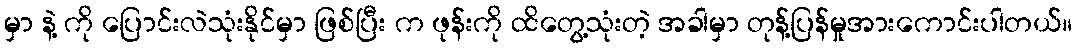
မှာ နဲ့ ကို ပြောင်းလဲသုံးနိုင်မှာ ဖြစ်ပြီး က ဖုန်းကို ထိတွေ့သုံးတဲ့ အခါမှာ တုန့်ပြန်မှုအားကောင်းပါတယ်။